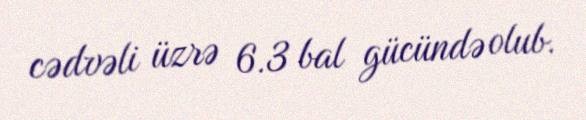
cədvəli üzrə 6.3 bal gücündə olub.